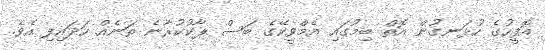
އޮފީހުގެ ހުޅަނގުން އޮތް ބިމުގައި އެމްވީކޭގެ ބަސް ޕާކުކުރާނެ ތަނެއް ހަދައިފި އެވެ.